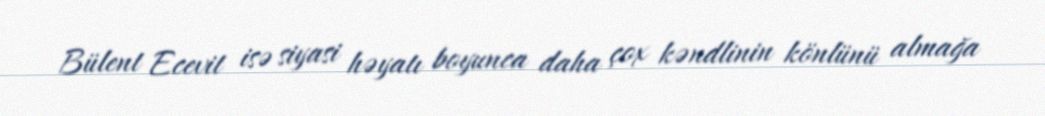
Bülent Ecevit isə siyasi həyatı boyunca daha çox kəndlinin könlünü almağa